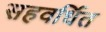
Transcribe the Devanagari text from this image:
सहवर्धित